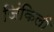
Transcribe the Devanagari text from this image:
जिंकिली